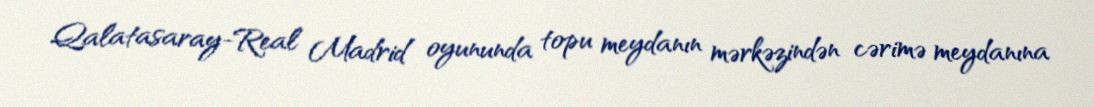
Qalatasaray-Real Madrid oyununda topu meydanın mərkəzindən cərimə meydanına